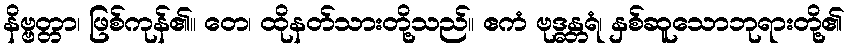
နိဗ္ဗတ္တာ၊ ဖြစ်ကုန်၏။ တေ၊ ထိုနတ်သားတို့သည်။ ဧကံ ဗုဒ္ဓန္တရံ၊ နှစ်ဆူသောဘုရားတို့၏